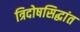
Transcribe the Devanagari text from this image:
त्रिदोषसिद्धांत